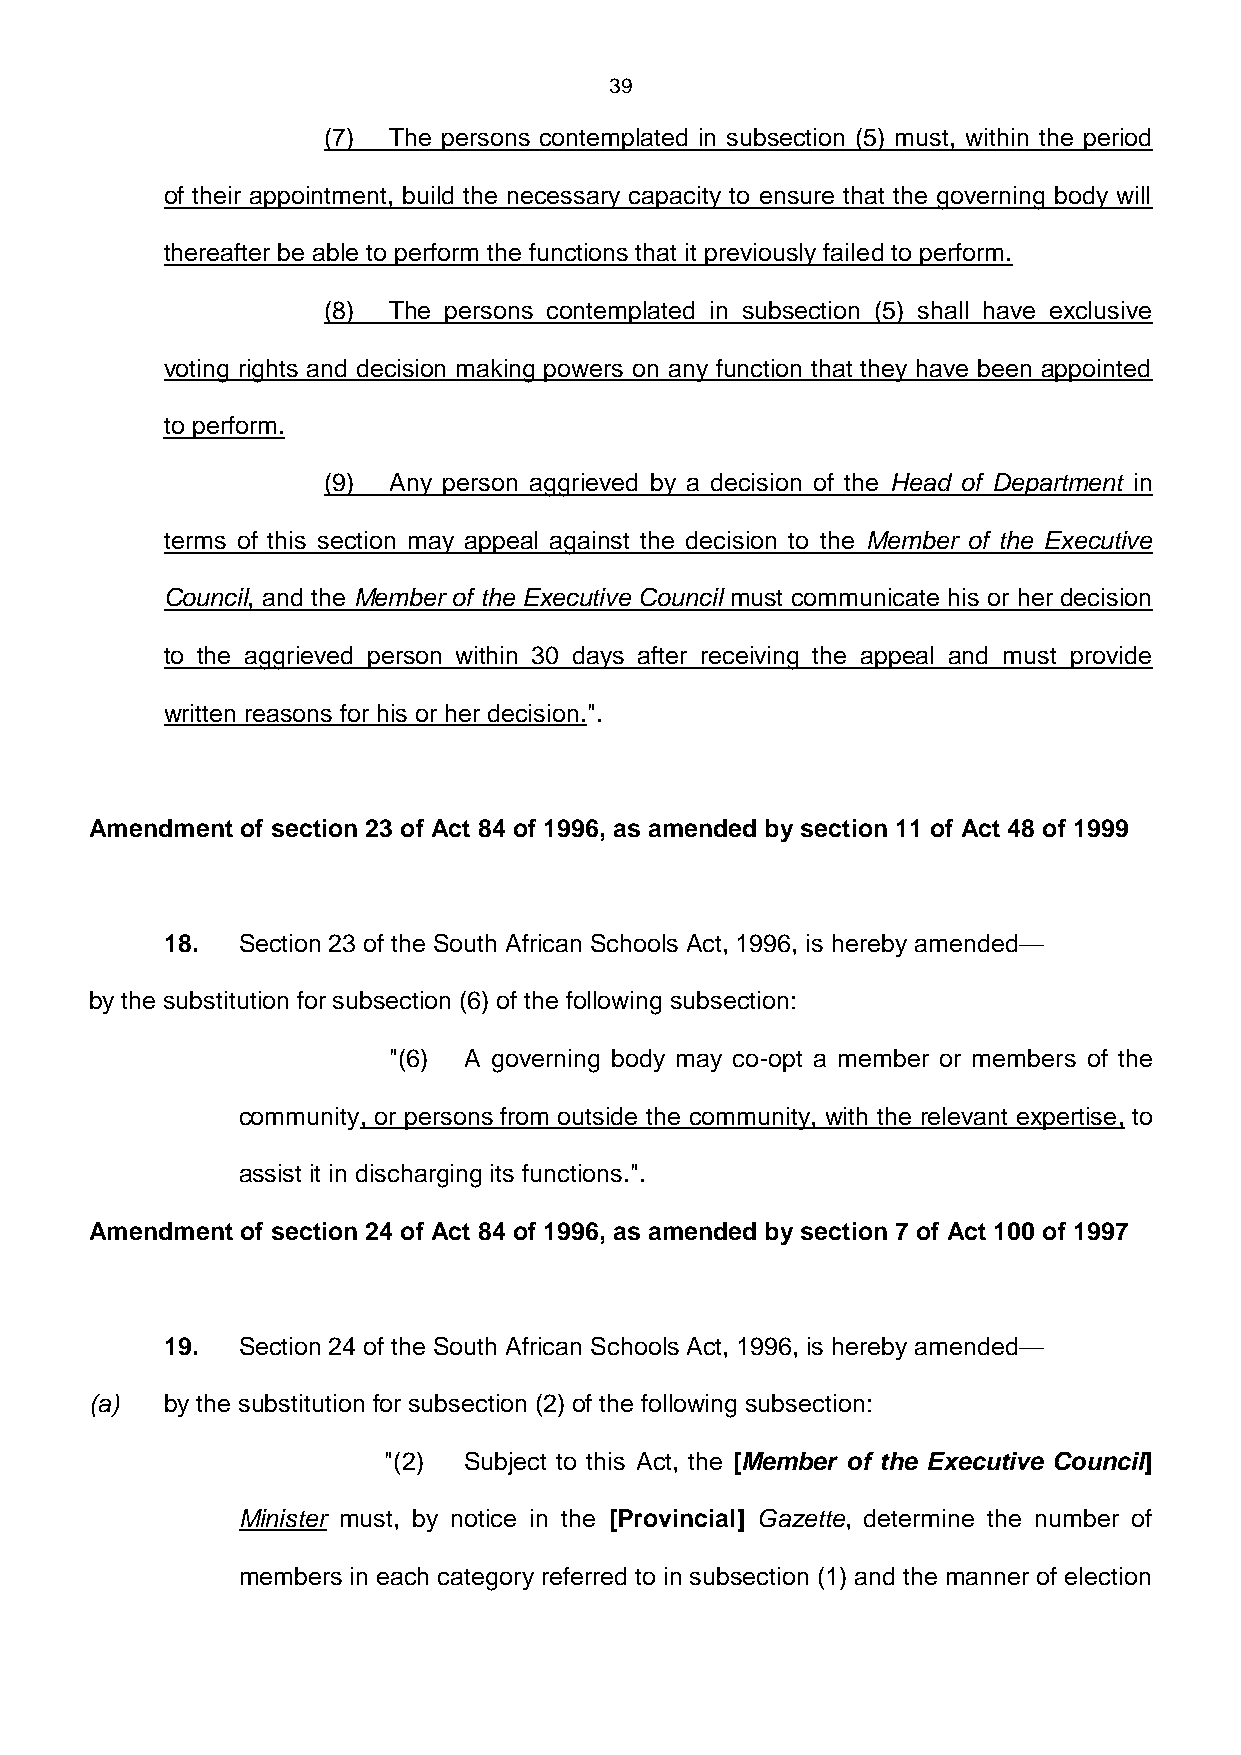
39
 (7)  The persons contemplated in subsection (5) must, within the period
 of their appointment, build the necessary capacity to ensure that the governing body will
 thereafter be able to perform the functions that it previously failed to perform.
 (8)  The persons contemplated in subsection (5) shall have exclusive
 voting rights and decision making powers on any function that they have been appointed
 to perform.
 (9)  Any person aggrieved by a decision of the Head of Department in
 terms of this section may appeal against the decision to the Member of the Executive
 Council, and the Member of the Executive Council must communicate his or her decision
 to the aggrieved person within 30 days after receiving the appeal and must provide
 written reasons for his or her decision.".
 Amendment of section 23 of Act 84 of 1996, as amended by section 11 of Act 48 of 1999
 18.  Section 23 of the South African Schools Act, 1996, is hereby amended—
 by the substitution for subsection (6) of the following subsection:
 "(6) A governing body may co-opt a member or members of the
 community, or persons from outside the community, with the relevant expertise, to
 assist it in discharging its functions.".
 Amendment of section 24 of Act 84 of 1996, as amended by section 7 of Act 100 of 1997
 19.  Section 24 of the South African Schools Act, 1996, is hereby amended—
 (a)  by the substitution for subsection (2) of the following subsection:
 "(2)  Subject to this Act, the [Member of the Executive Council]
 Minister must, by notice in the [Provincial] Gazette, determine the number of
 members in each category referred to in subsection (1) and the manner of election